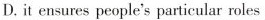
D.it ensures people's particular roles